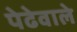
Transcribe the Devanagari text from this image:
पेढेवाले